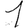
Digit: 1